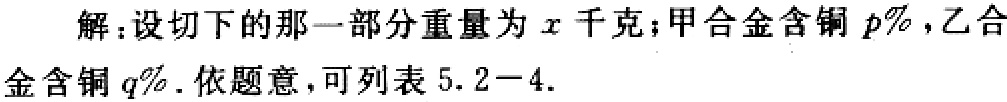
解：设切下的那一部分重量为\(x\)千克；甲合金含铜\(p\%\)，乙合金含铜\(q\%\). 依题意，可列表\(5.2 - 4\).